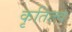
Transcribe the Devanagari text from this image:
कृतित्त्व